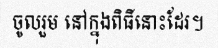
ចូលរួម នៅក្នុងពិធីនោះដែរ។